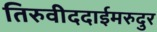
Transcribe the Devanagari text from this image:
तिरुवीददाईमरुदुर